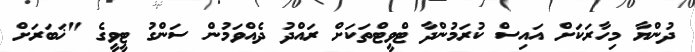
ދުންޔާ މިހާރަކަށް އައިސް ކުރަމުންދާ ޓްވީޓްތަކަށް ރައްދު ދެއްވަމުން ސަންގު ޓީވީގެ "ޚަބަރަށް